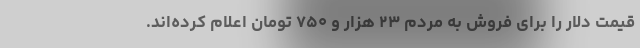
قیمت دلار را برای فروش به مردم ۲۳ هزار و ۷۵۰ تومان اعلام کرده‌اند.